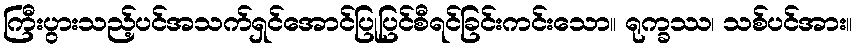
ကြီးပွားသည့်ပင်အသက်ရှင်အောင်ပြုပြင်စီရင်ခြင်းကင်းသော။ ရုက္ခဿ၊ သစ်ပင်အား။